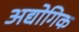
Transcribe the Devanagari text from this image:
अद्योगिक